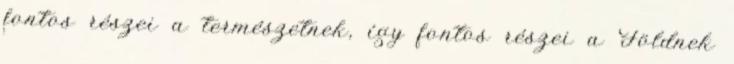
fontos részei a természetnek, így fontos részei a Földnek